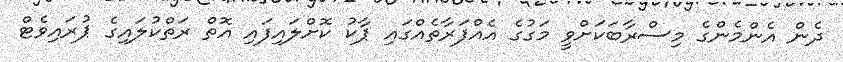
ދެން އެންމެންގެ މިސްރާބަކަށްވީ މަގުގެ އެއްފަރާތެއްގައި ޕާކު ކޮށްލައިފައި އޮތް ރަތްކުލައިގެ ޕުރައިވެޓް